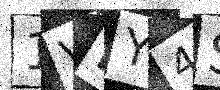
Text: 1VLY4S